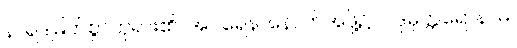
နာရဒမြတ်စွာဘုရား၏။ အပရေန၊ နောက်အဖို့၌။ ပဒုမုတ္တရောနာမ၊